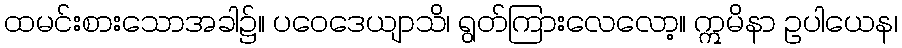
ထမင်းစားသောအခါ၌။ ပဝေဒေယျာသိ၊ ရွတ်ကြားလေလော့။ ဣမိနာ ဥပါယေန၊